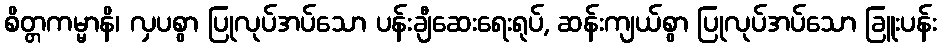
စိတ္တကမ္မာနိ၊ လှပစွာ ပြုလုပ်အပ်သော ပန်းချီဆေးရေးရုပ်, ဆန်းကျယ်စွာ ပြုလုပ်အပ်သော ခြူးပန်း